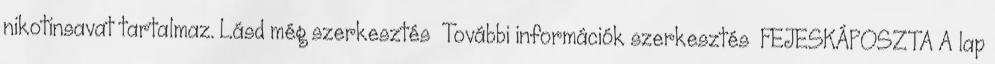
nikotinsavat tartalmaz. Lásd még szerkesztés További információk szerkesztés FEJESKÁPOSZTA A lap